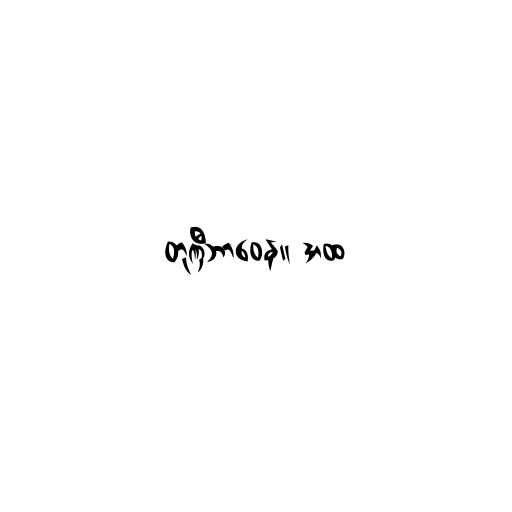
တုဏှီဘာဝေန။ အထ